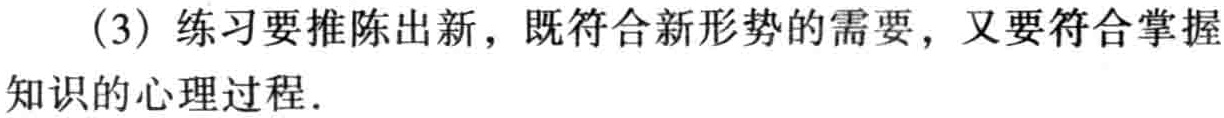
(3) 练习要推陈出新，既符合新形势的需要，又要符合掌握知识的心理过程.